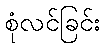
စုံလင်ခြင်း